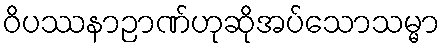
ဝိပဿနာဉာဏ်ဟုဆိုအပ်သောသမ္မာ